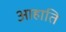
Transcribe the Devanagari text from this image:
आहाति